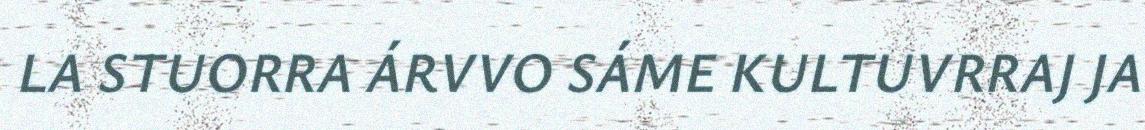
LA STUORRA ÁRVVO SÁME KULTUVRRAJ JA